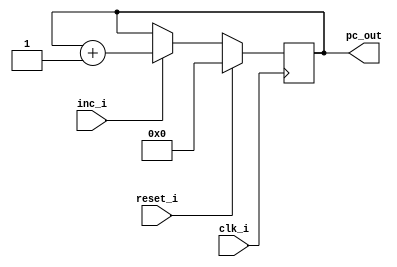
module program_counter (
    input clk_i, reset_i, inc_i,
    output[3:0] pc_out
);

reg[3:0] count;

always @(posedge clk_i) begin
    if (reset_i) count <= 4'b0;
    else if (inc_i) count <= count + 1;
end

assign pc_out = count;

endmodule